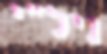
ניל"י